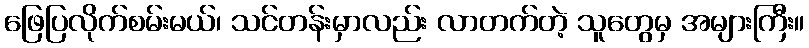
ဖြေပြလိုက်စမ်းမယ်၊ သင်တန်းမှာလည်း လာတက်တဲ့ သူတွေမှ အများကြီး။